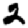
Digit: 2